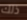
ذلك